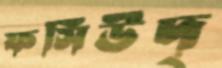
ফসিউদ্